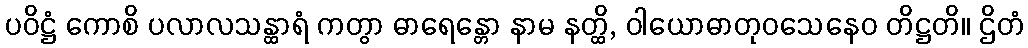
ပဝိဋ္ဌံ ကောစိ ပလာလသန္ထာရံ ကတွာ ဓာရေန္တော နာမ နတ္ထိ, ဝါယောဓာတုဝသေနေဝ တိဋ္ဌတိ။ ဌိတံ